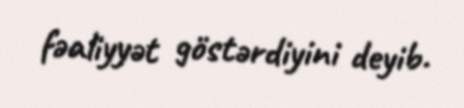
fəaliyyət göstərdiyini deyib.